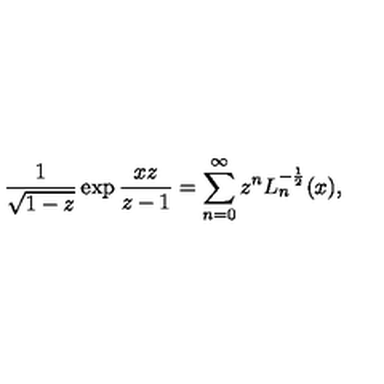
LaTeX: \frac 1 { \sqrt { 1 - z } } \exp \frac { x z } { z - 1 } = \sum _ { n = 0 } ^ { \infty } z ^ { n } L _ { n } ^ { - \frac 1 2 } ( x ) ,